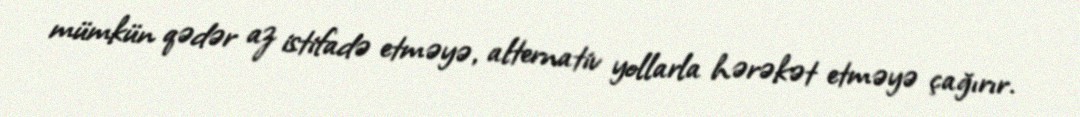
mümkün qədər az istifadə etməyə, alternativ yollarla hərəkət etməyə çağırır.